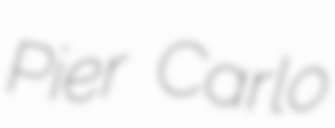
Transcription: Pier Carlo